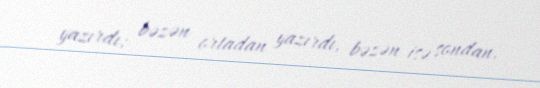
yazırdı; bəzən ortadan yazırdı, bəzən isə sondan.